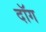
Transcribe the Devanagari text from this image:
दॉग